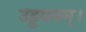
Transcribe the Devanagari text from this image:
उड्डयनम्।